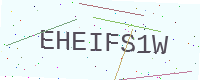
Text: EHEIFS1W